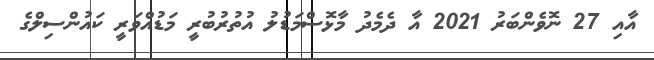
އާއި 27 ނޮވެންބަރު 2021 އާ ދެމެދު މާޅޮސްމަޑުލު އުތުރުބުރީ މަޑުއްވަރީ ކައުންސިލްގެ